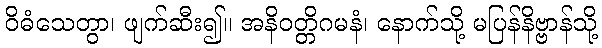
ဝိဓံသေတွာ၊ ဖျက်ဆီး၍။ အနိဝတ္တိဂမနံ၊ နောက်သို့ မပြန်နိဗ္ဗာန်သို့